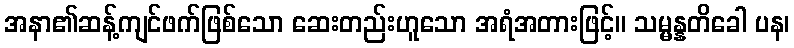
အနာ၏ဆန့်ကျင်ဖက်ဖြစ်သော ဆေးတည်းဟူသော အရံအတားဖြင့်။ သမ္မန္နတိခေါ ပန၊